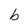
Character: b